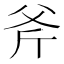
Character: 斧